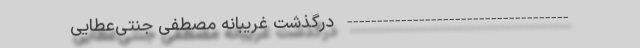
------------------------------------- درگذشت غریبانه مصطفی جنتی‌عطایی